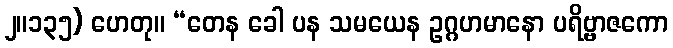
၂။၁၃၅) ဟေတု။ “တေန ခေါ ပန သမယေန ဥဂ္ဂဟမာနော ပရိဗ္ဗာဇကော